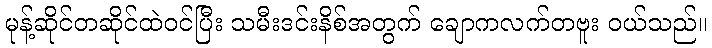
မုန့်ဆိုင်တဆိုင်ထဲဝင်ပြီး သမီးဒင်းနိစ်အတွက် ချောကလက်တဗူး ဝယ်သည်။